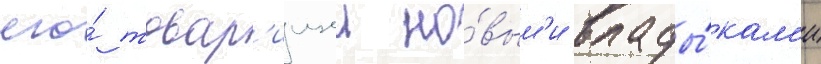
его́ товар'ищеи но́вым'и влады́кам'и